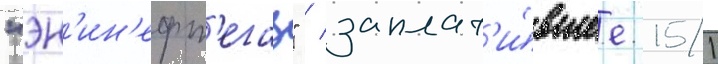
"эн'ин'ефт'егаз" / заплат'и́вшее 151